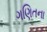
ગણિતના